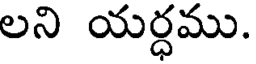
లని యర్ధము.